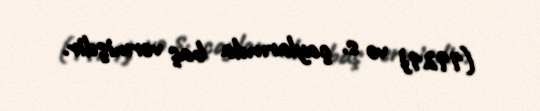
(1921) və s. çaylarında baş vermişdir.